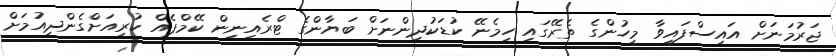
ޖަރުމަނަށް އައިސްފައިވާ މީހުންގެ ތެރޭގައި ހިމެނޭ ކުޑަކުދިންނަށް ބަޔާންގެ ޓްރެއިނިން ކޭމްޕެއް ކުރިއަށްގެންދިއުމަށް